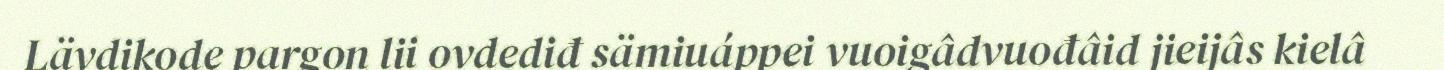
Lävdikode pargon lii ovdediđ sämiuáppei vuoigâdvuođâid jieijâs kielâ